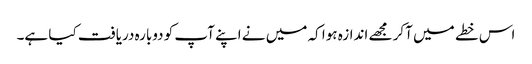
اس خطے میں آکر مجھے اندازہ ہوا کہ میں نے اپنے آپ کو دوبارہ دریافت کیا ہے۔